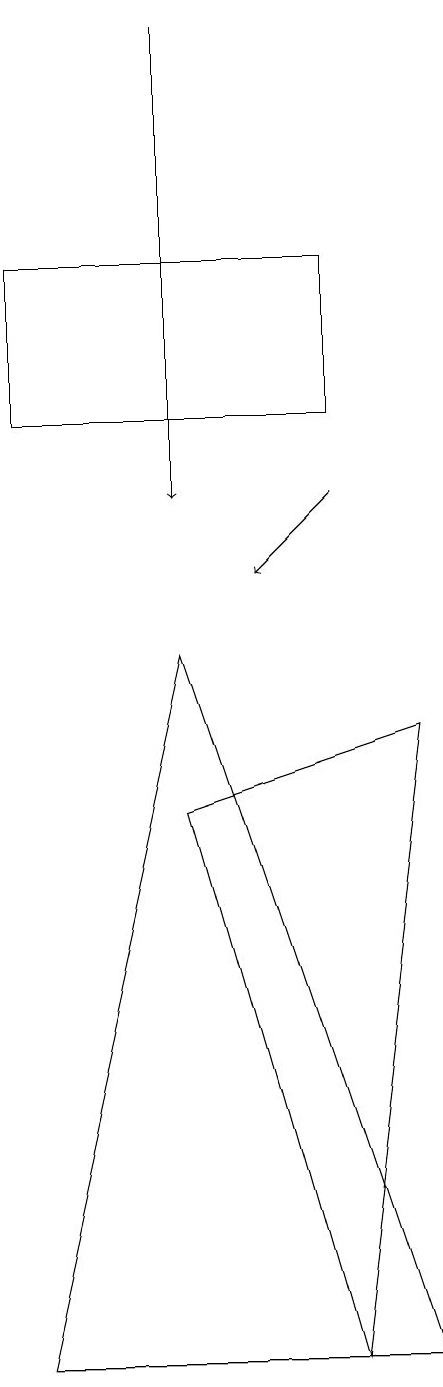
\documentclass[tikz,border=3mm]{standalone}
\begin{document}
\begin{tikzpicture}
\draw (5,9) -- (3,0) -- (8,0) -- cycle;
\draw (8,8) -- (7,0) -- (5,7) -- cycle;
\draw[->] (7,11) -- (6,10);
\draw[->] (5,17) -- (5,11);
\draw (3,14) rectangle (7,12);
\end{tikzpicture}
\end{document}